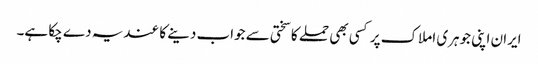
ایران اپنی جوہری املاک پر کسی بھی حملے کا سختی سے جواب دینے کا عندیہ دے چکا ہے۔